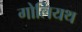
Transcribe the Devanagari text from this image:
गोलियथ